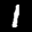
Label: 1